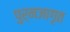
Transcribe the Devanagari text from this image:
पुर्नजागृत